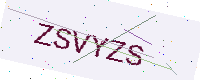
Text: ZSVYZS